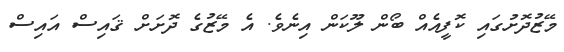
މޭޒުދޮށުގައި ކޮފީއެއް ބޯން ލޫކަން އިނެވެ. އެ މޭޒުގެ ދޮށަށް ޤައިސް އައިސް